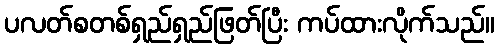
ပလတ်စတစ်ရှည်ရှည်ဖြတ်ပြီး ကပ်ထားလိုက်သည်။